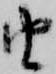
由